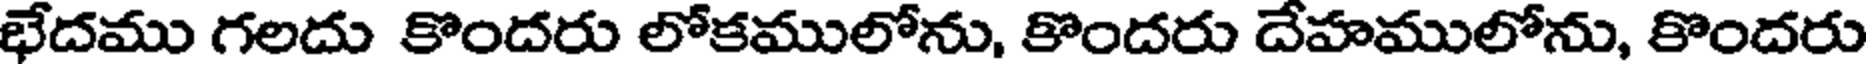
భేదము గలదు కొందరు లోకములోను, కొందరు దేహములోను, కొందరు